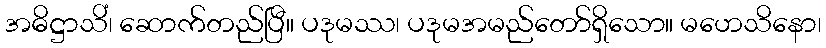
အဓိဋ္ဌာသိံ၊ ဆောက်တည်ပြီ။ ပဒုမဿ၊ ပဒုမအမည်တော်ရှိသော။ မဟေသိနော၊